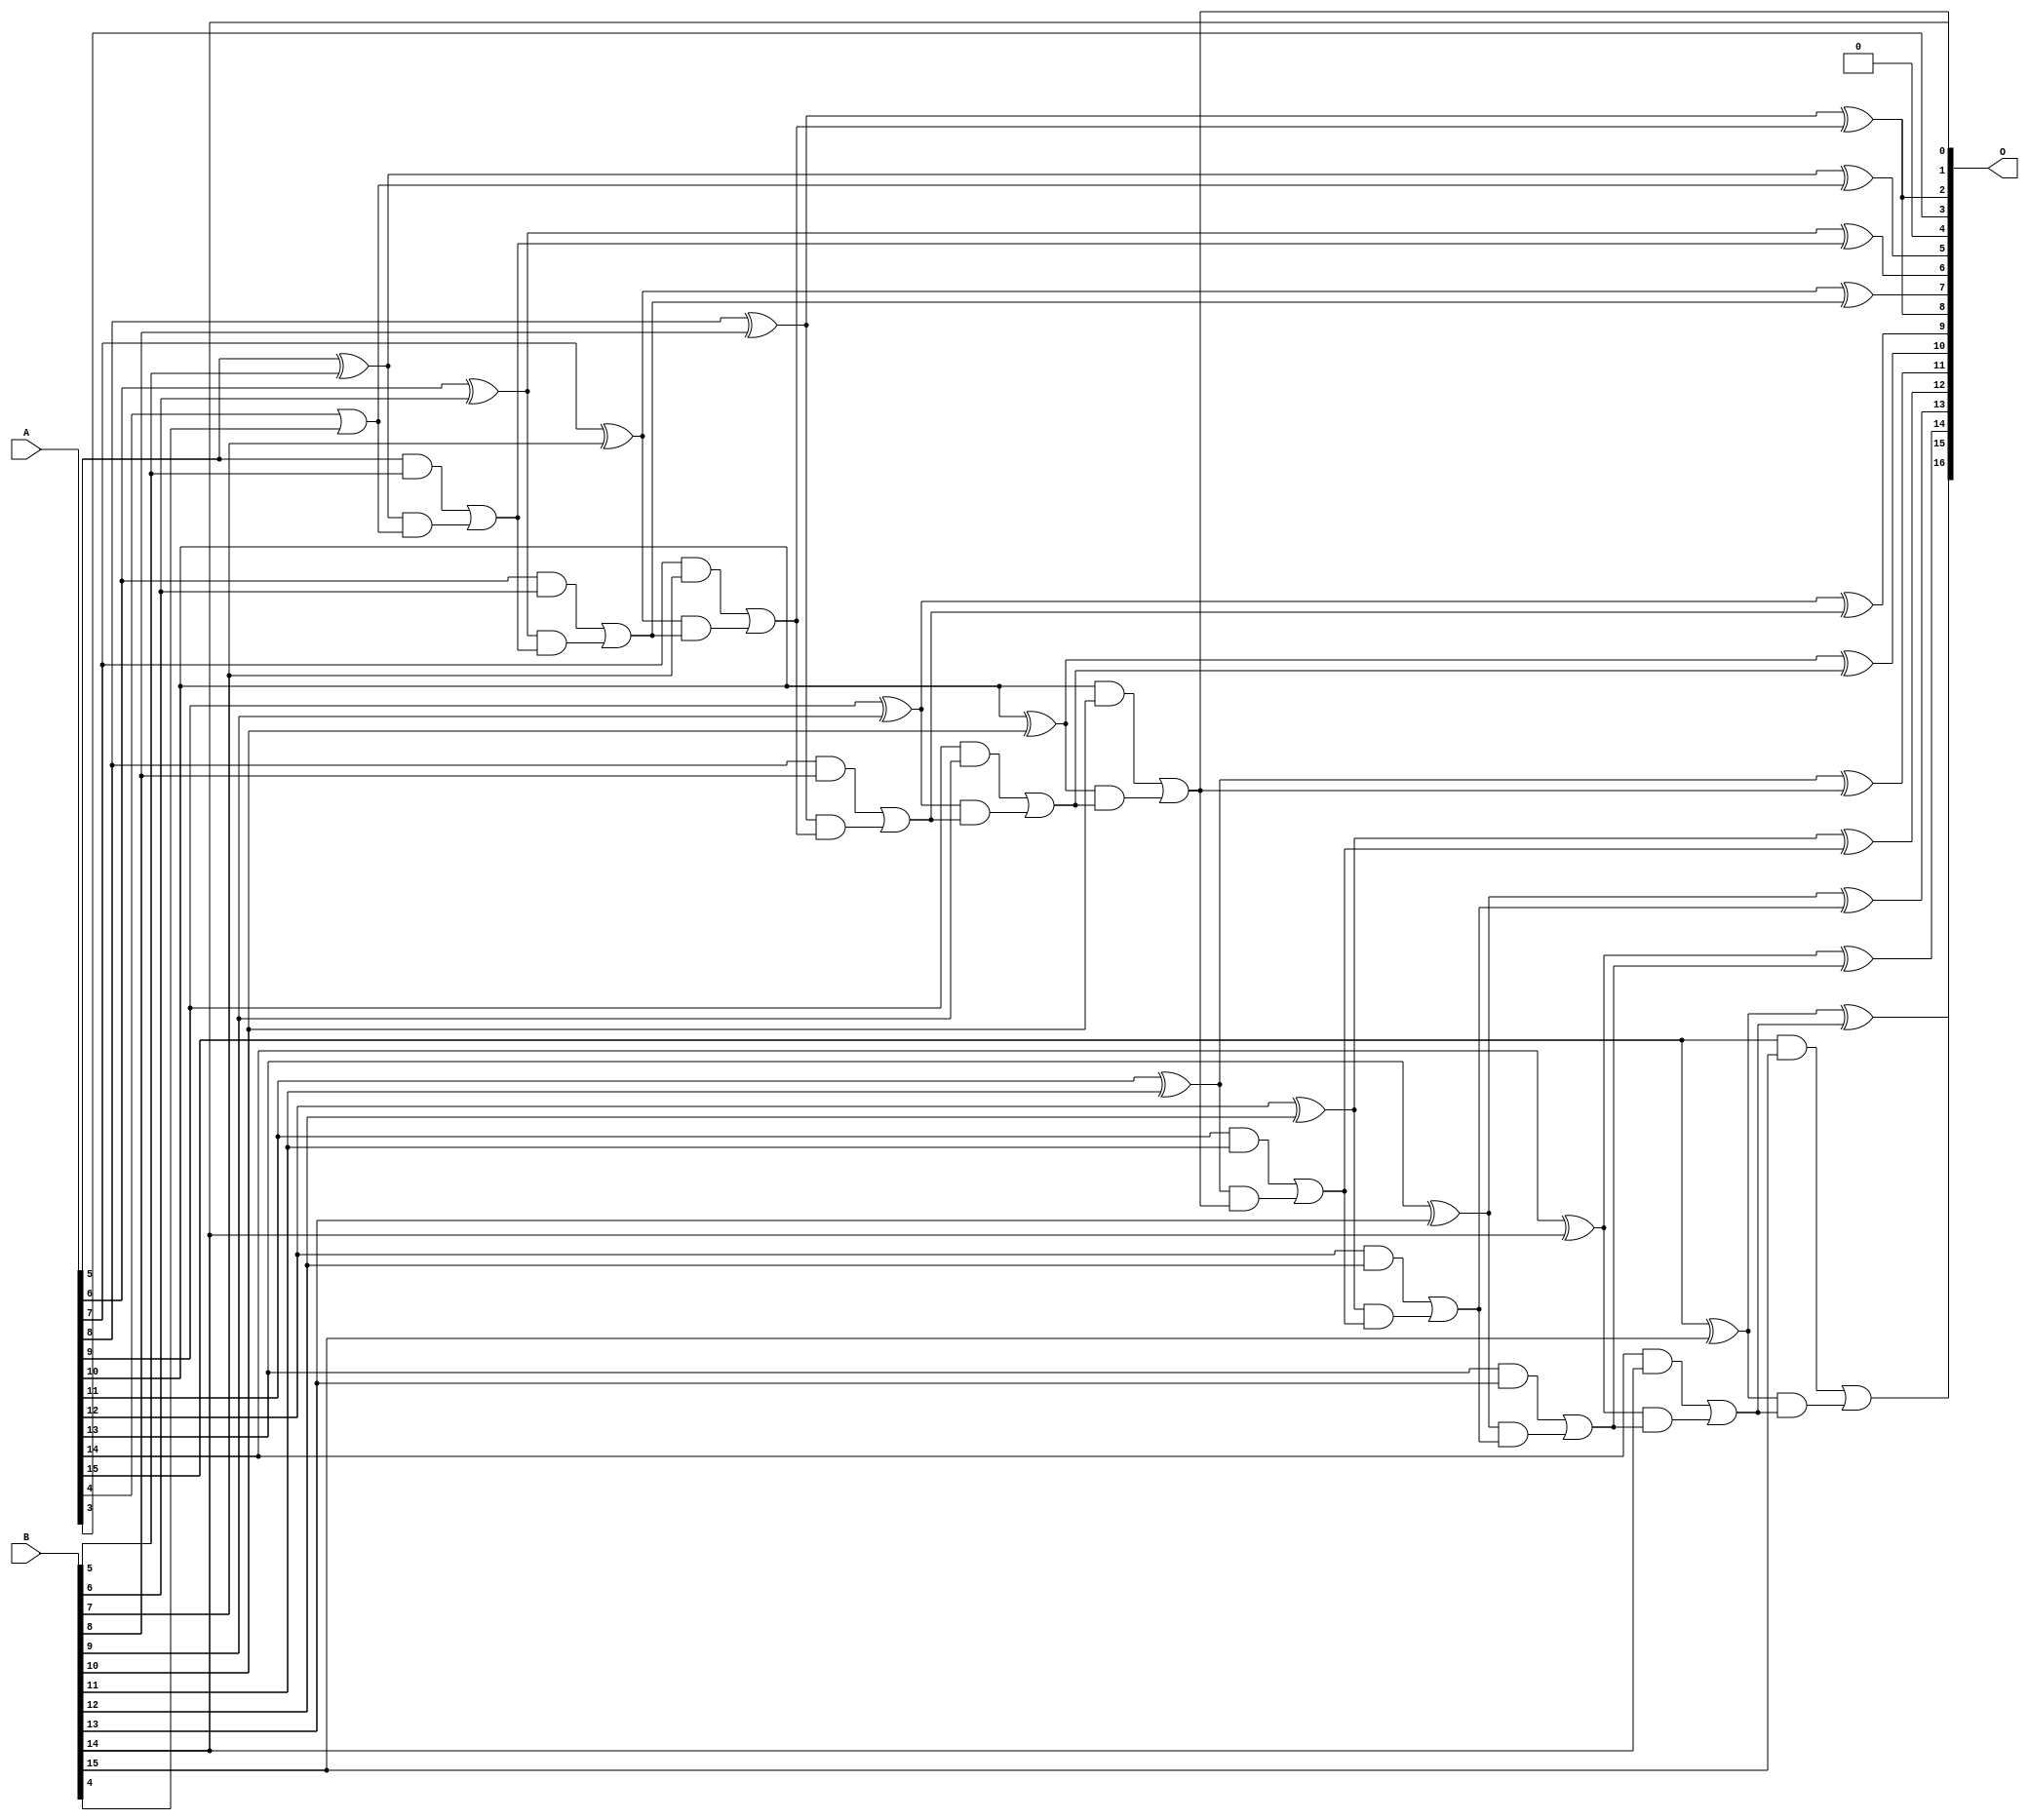
/***
* This code is a part of EvoApproxLib library (ehw.fit.vutbr.cz/approxlib) distributed under The MIT License.
* When used, please cite the following article(s):  
* This file contains a circuit from a sub-set of pareto optimal circuits with respect to the pwr and mae parameters
***/
// MAE% = 0.0063 %
// MAE = 8.3 
// WCE% = 0.018 %
// WCE = 23 
// WCRE% = 100.00 %
// EP% = 96.88 %
// MRE% = 0.018 %
// MSE = 96 
// PDK45_PWR = 0.051 mW
// PDK45_AREA = 100.4 um2
// PDK45_DELAY = 0.95 ns


module add16u_0Q7(A, B, O);
  input [15:0] A, B;
  output [16:0] O;
  wire sig_50, sig_53, sig_54, sig_55, sig_56, sig_58;
  wire sig_59, sig_60, sig_61, sig_63, sig_64, sig_65;
  wire sig_66, sig_68, sig_69, sig_70, sig_71, sig_73;
  wire sig_74, sig_75, sig_76, sig_78, sig_79, sig_80;
  wire sig_81, sig_84, sig_85, sig_86, sig_88, sig_89;
  wire sig_90, sig_91, sig_93, sig_94, sig_95, sig_96;
  wire sig_98, sig_99, sig_100, sig_101, sig_103, sig_104;
  wire sig_105, sig_106;
  assign sig_50 = A[4] | B[4];
  assign O[4] = 1'b0;
  assign sig_53 = sig_50;
  assign sig_54 = A[5] ^ B[5];
  assign sig_55 = A[5] & B[5];
  assign sig_56 = sig_54 & sig_53;
  assign O[5] = sig_54 ^ sig_53;
  assign sig_58 = sig_55 | sig_56;
  assign sig_59 = A[6] ^ B[6];
  assign sig_60 = A[6] & B[6];
  assign sig_61 = sig_59 & sig_58;
  assign O[6] = sig_59 ^ sig_58;
  assign sig_63 = sig_60 | sig_61;
  assign sig_64 = A[7] ^ B[7];
  assign sig_65 = A[7] & B[7];
  assign sig_66 = sig_64 & sig_63;
  assign O[7] = sig_64 ^ sig_63;
  assign sig_68 = sig_65 | sig_66;
  assign sig_69 = A[8] ^ B[8];
  assign sig_70 = A[8] & B[8];
  assign sig_71 = sig_69 & sig_68;
  assign O[2] = sig_69 ^ sig_68;
  assign sig_73 = sig_70 | sig_71;
  assign sig_74 = A[9] ^ B[9];
  assign sig_75 = A[9] & B[9];
  assign sig_76 = sig_74 & sig_73;
  assign O[9] = sig_74 ^ sig_73;
  assign sig_78 = sig_75 | sig_76;
  assign sig_79 = A[10] ^ B[10];
  assign sig_80 = A[10] & B[10];
  assign sig_81 = sig_79 & sig_78;
  assign O[10] = sig_79 ^ sig_78;
  assign O[1] = sig_80 | sig_81;
  assign sig_84 = A[11] ^ B[11];
  assign sig_85 = A[11] & B[11];
  assign sig_86 = sig_84 & O[1];
  assign O[11] = sig_84 ^ O[1];
  assign sig_88 = sig_85 | sig_86;
  assign sig_89 = A[12] ^ B[12];
  assign sig_90 = A[12] & B[12];
  assign sig_91 = sig_89 & sig_88;
  assign O[12] = sig_89 ^ sig_88;
  assign sig_93 = sig_90 | sig_91;
  assign sig_94 = A[13] ^ B[13];
  assign sig_95 = A[13] & B[13];
  assign sig_96 = sig_94 & sig_93;
  assign O[13] = sig_94 ^ sig_93;
  assign sig_98 = sig_95 | sig_96;
  assign sig_99 = A[14] ^ B[14];
  assign sig_100 = A[14] & B[14];
  assign sig_101 = sig_99 & sig_98;
  assign O[14] = sig_99 ^ sig_98;
  assign sig_103 = sig_100 | sig_101;
  assign sig_104 = A[15] ^ B[15];
  assign sig_105 = A[15] & B[15];
  assign sig_106 = sig_104 & sig_103;
  assign O[15] = sig_104 ^ sig_103;
  assign O[16] = sig_105 | sig_106;
  assign O[0] = B[14];
  assign O[3] = A[3];
  assign O[8] = O[2];
endmodule